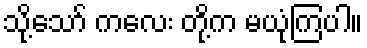
သို့သော် ကလေး တို့က မယုံကြပါ။